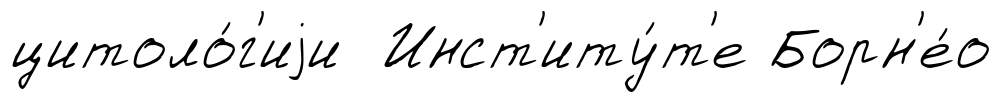
цитоло́г'иjи Инст'иту́т'е Борн'е́о